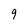
Character: 9